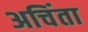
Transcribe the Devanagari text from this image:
अचिंता